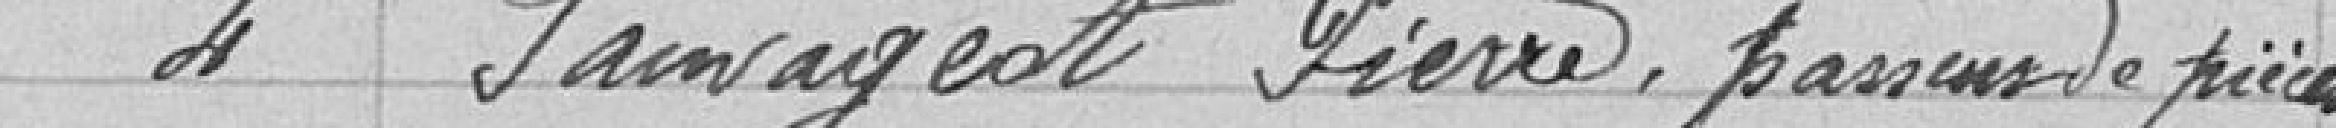
4 Sauvageot Pierre, passeur de pièces